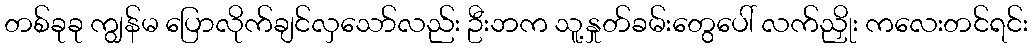
တစ်ခုခု ကျွန်မ ပြောလိုက်ချင်လှသော်လည်း ဦးဘက သူ့နှုတ်ခမ်းတွေပေါ် လက်ညှိုး ကလေးတင်ရင်း